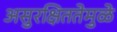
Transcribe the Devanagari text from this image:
असुरक्षिततेमुळे